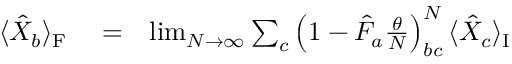
\begin{array} { r l r } { \langle \hat { X } _ { b } \rangle _ { \mathrm { F } } } & { { } = } & { \operatorname* { l i m } _ { N \rightarrow \infty } \sum _ { c } \left( 1 - \hat { F } _ { a } \frac { \theta } { N } \right) _ { b c } ^ { N } \langle \hat { X } _ { c } \rangle _ { \mathrm { I } } } \end{array}